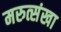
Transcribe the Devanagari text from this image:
मरुत्संखा